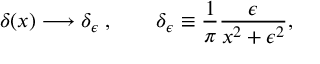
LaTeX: \delta ( x ) \longrightarrow \delta _ { \epsilon } \; , \qquad \delta _ { \epsilon } \equiv \frac { 1 } { \pi } \frac { \epsilon } { x ^ { 2 } + \epsilon ^ { 2 } } ,